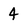
Character: 4